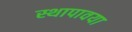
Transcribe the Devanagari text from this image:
स्थापावया